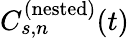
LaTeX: C_{s,n}^{(\mathrm{nested})}(t)